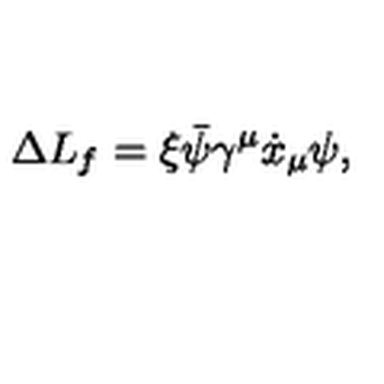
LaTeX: \Delta L _ { f } = \xi \bar { \psi } \gamma ^ { \mu } \dot { x } _ { \mu } \psi ,